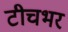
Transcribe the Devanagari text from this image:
टीचभर